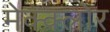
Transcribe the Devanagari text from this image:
मेक्क्लोर